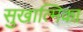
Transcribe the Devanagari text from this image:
सुखात्मिका